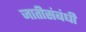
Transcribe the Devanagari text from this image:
जातीसंबंधीं